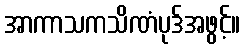
အာကာသကသိဏံပုဒ်အဖွင့်။